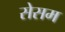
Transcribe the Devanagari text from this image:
सेसम